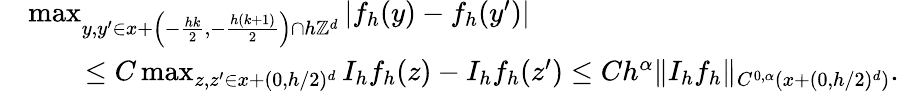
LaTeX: \begin{array}{rl}&{\operatorname*{max}_{y,y^{\prime}\in x+\left(-\frac{hk}{2},-\frac{h(k+1)}{2}\right)\cap h\mathbb{Z}^{d}}|f_{h}(y)-f_{h}(y^{\prime})|}\\ &{\qquad\le C\operatorname*{max}_{z,z^{\prime}\in x+(0,h/2)^{d}}I_{h}f_{h}(z)-I_{h}f_{h}(z^{\prime})\le Ch^{\alpha}\| I_{h}f_{h}\| _{C^{0,\alpha}(x+(0,h/2)^{d})}.}\end{array}